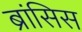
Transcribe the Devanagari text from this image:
ब्रांसिस